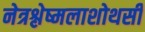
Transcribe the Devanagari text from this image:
नेत्रश्लेष्मलाशोथसी